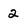
Character: 2